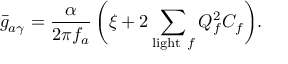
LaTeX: \bar { g } _ { a \gamma } = \frac { \alpha } { 2 \pi f _ { a } } \, \biggl ( \xi + 2 \sum _ { \mathrm { l i g h t ~ } f } Q _ { f } ^ { 2 } C _ { f } \biggr ) .